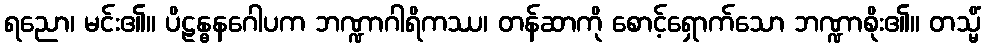
ရညော၊ မင်း၏။ ပိဠန္ဓနဂေါပက ဘဏ္ဍာဂါရိကဿ၊ တန်ဆာကို စောင့်ရှောက်သော ဘဏ္ဍာစိုး၏။ တသ္မိံ